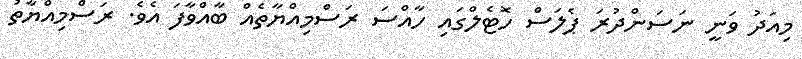
މިއަދު ވަނީ ނަސަންދުރަ ޕެލަސް ހޮޓެލްގައި ހާއްސަ ރަސްމިއްޔާތެއް ބާއްވާފަ އެވެ. ރަސްމިއްޔާތު